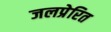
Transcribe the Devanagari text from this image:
जलप्रेरित